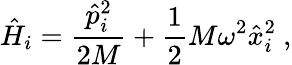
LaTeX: \hat{H}_{i}=\frac{\hat{p}_{i}^{2}}{2M}+\frac 12M\omega^{2}\hat{x}_{i}^{2}\ ,